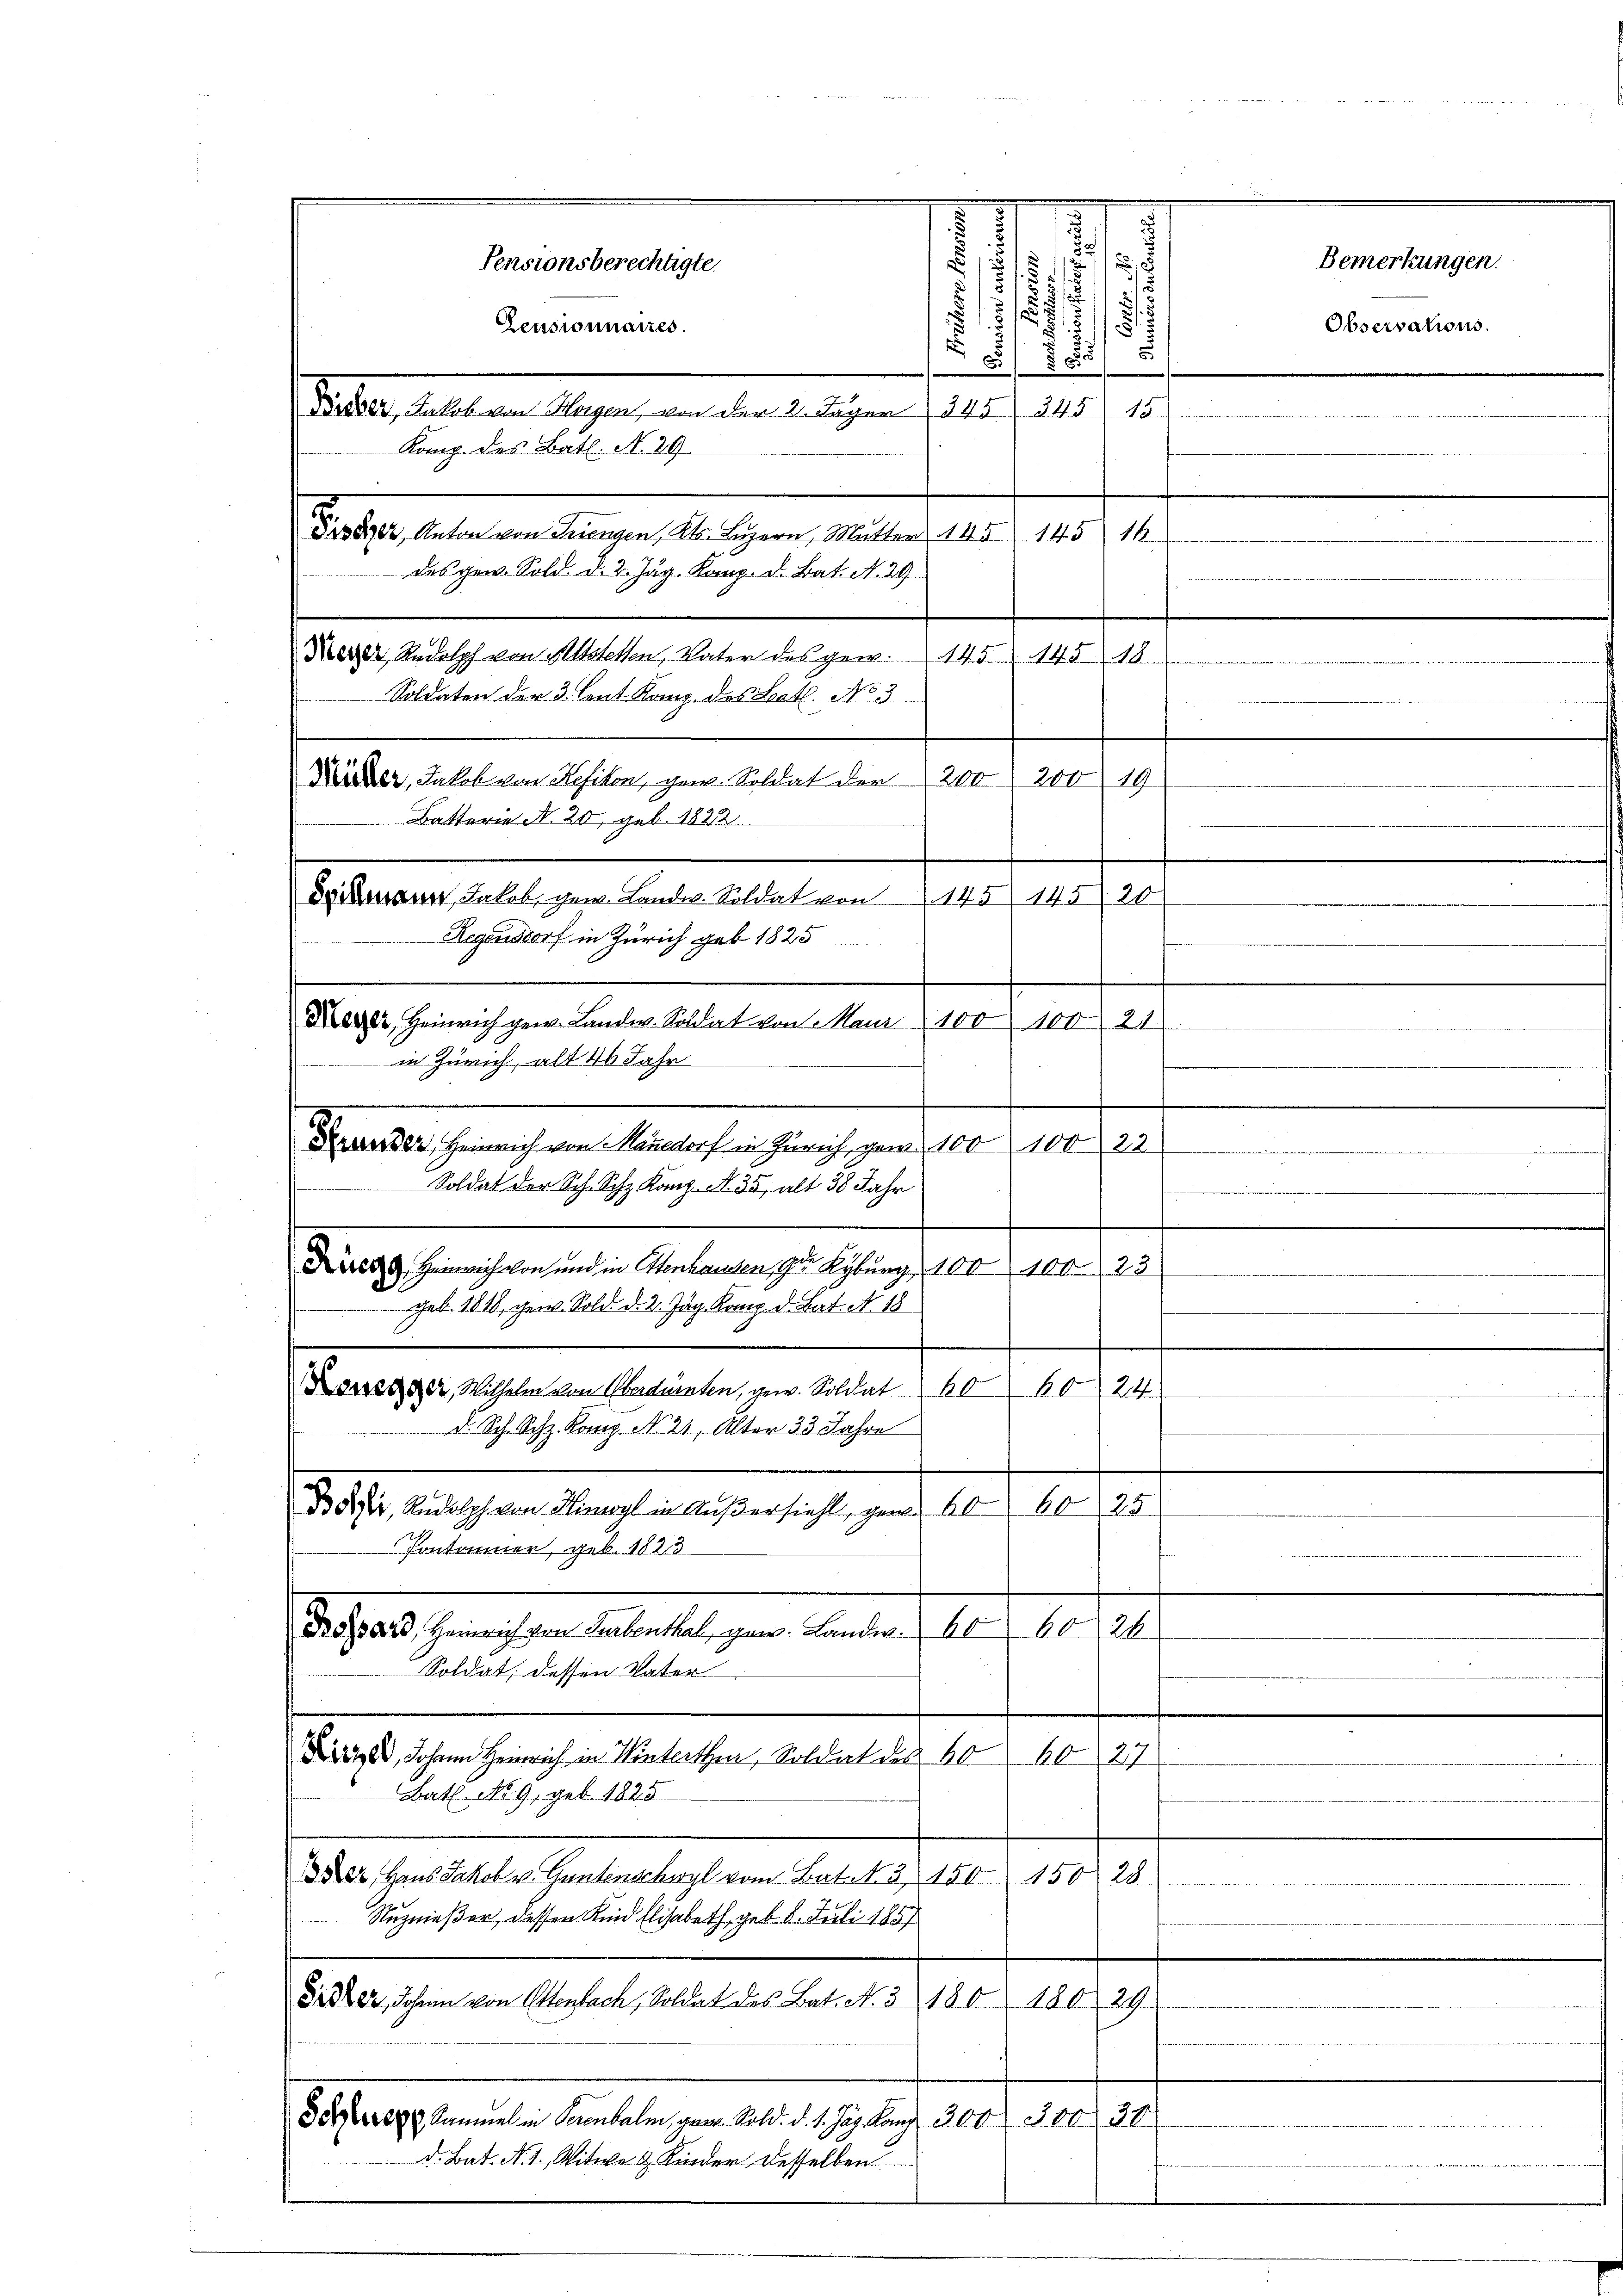
.
d

)
2
2
s
17
.
.
d
2

Siles, hatten Magen, an der Gelegen d. 125. 216 n 1.
8800. aber an eingen 16. Juni 18. d. 1410. 10. 19.
des gew. Sold. d. 2. Jäg. Komp. d. Bat. A. 29.
Neger, Rudolph von Altstetten, Vater des gew. 145. 14518
Soldaten der 3. Cent. Komp. des Lat. No 3
Räder, Jakob von Kefikon, gew. Soldat der 200 200 19
Batterie N. 20, geb. 1822
Dickmann Jakob, gew. Landw. Soldat von
145 145/ 20
Regensdorf in Zürich geb. 1825
Keser Heinrich gew. Landw. Soldat von Maur 100 100 21
in Zürich, alt 46 Jahr
Theater gemachen Bernach engleich gend die heute er
ien eine
.
Soldat der Sch. Sch. Kanz. N. 35, alt 38 Jahr
.
Der Heinrich von und in Ottenhausen, zu Kyburg, 100 100. 23
Geb. 1818, gew. Sold. d. 2. Jäg. Komp. d. Bat. N. 18
Korszager, Wilhelm von Oberdürnten, gew. Soldat 20
6024
d. Sch. Sch. Kamp Nr. 21, Alter 33 Jahre
Bo, Rudolph von Himogl in Außersieht, ganz 60. 6025
Pontaner, geb. 1823
Bossard, Heinrich von Turbenthal, gew. Landw. 6060 26
Soldat, dessen Vater
Dr Johann Heinrich in Winterthen, Soldat des 60 40 27
Bat. No. 9, geb. 1825
3 der Haus Jakob u. Gantenschwyl vom Bat. N. 3 150 150 28
Nuznießer, dessen Kind Elisabeth, geb. 8. Juli 1857
Sider, Johann von Ottenbach, Soldat des Bat. N. 3 180. 180. 29
Derren Sammel in Verenbalm, geer. Sold. d. 1. Jan. Kanz. 300. 300 30
d. Bat. N. 1., Witwe & Kinder desselben

Pensionsberechtigte.
Zensionnaires.

Komp. des Bat. N. 29.

Bemerkungen.

e

Observations.